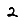
Digit: 2